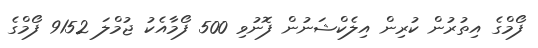
ފޯމްގެ އިތުރުން ކުރިން އިލެކްޝަނުން ފޮނުވި 500 ފޯމާއެކު ޖުމްލަ 9152 ފޯމްގެ